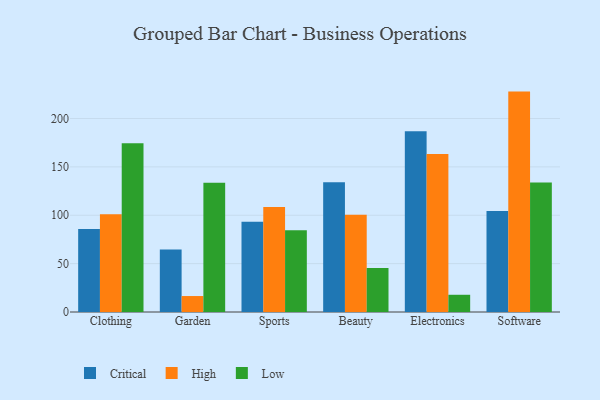
{"axis": {"x": "Category", "y": "Net Income (USD K)"}, "legend": ["Critical", "High", "Low"], "data": [{"x": "Clothing", "y": 85.7, "type": "Critical"}, {"x": "Clothing", "y": 101.0, "type": "High"}, {"x": "Clothing", "y": 174.3, "type": "Low"}, {"x": "Garden", "y": 64.5, "type": "Critical"}, {"x": "Garden", "y": 16.5, "type": "High"}, {"x": "Garden", "y": 133.7, "type": "Low"}, {"x": "Sports", "y": 93.2, "type": "Critical"}, {"x": "Sports", "y": 108.4, "type": "High"}, {"x": "Sports", "y": 84.4, "type": "Low"}, {"x": "Beauty", "y": 134.2, "type": "Critical"}, {"x": "Beauty", "y": 100.4, "type": "High"}, {"x": "Beauty", "y": 45.6, "type": "Low"}, {"x": "Electronics", "y": 186.8, "type": "Critical"}, {"x": "Electronics", "y": 163.3, "type": "High"}, {"x": "Electronics", "y": 17.8, "type": "Low"}, {"x": "Software", "y": 104.4, "type": "Critical"}, {"x": "Software", "y": 227.8, "type": "High"}, {"x": "Software", "y": 133.9, "type": "Low"}]}